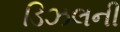
ડિઝલની